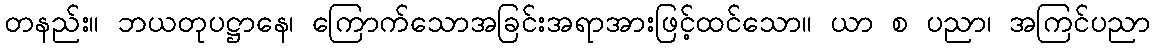
တနည်း။ ဘယတုပဋ္ဌာနေ၊ ကြောက်သောအခြင်းအရာအားဖြင့်ထင်သော။ ယာ စ ပညာ၊ အကြင်ပညာ